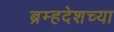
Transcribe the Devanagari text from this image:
ब्रम्हदेशच्या